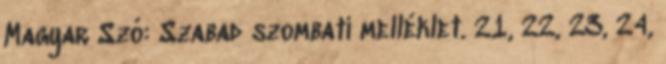
Magyar Szó: Szabad szombati melléklet. 21, 22, 23, 24,